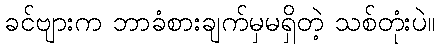
ခင်ဗျားက ဘာခံစားချက်မှမရှိတဲ့ သစ်တုံးပဲ။